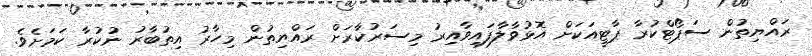
ރައްޔިތުން ސަޕޯޓްކުރާ ޕާޓީއަކަށް އޮޅުވާލާފައިވާއިރު މިސަރުކާރަށް ރައްޔިތުން މިހާރު އިތުބާރު ނުކުރާ ކަމަށެވެ.